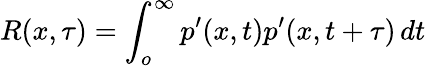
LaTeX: R(x,\tau)=\int_{o}^{\infty}p^{\prime}(x,t)p^{\prime}(x,t+\tau)\, dt